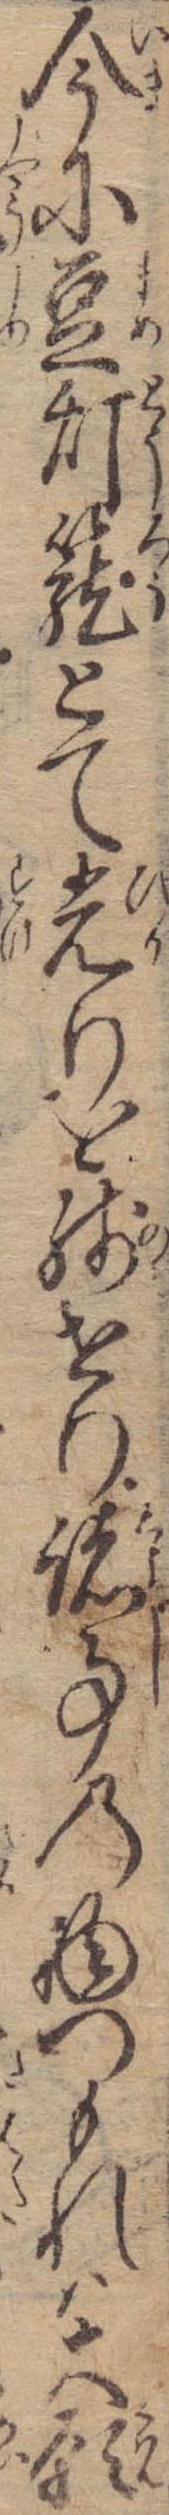
今に豆灯篭とて光りを残せり諸事の物つもれは大願